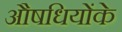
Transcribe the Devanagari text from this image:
औषधियोंके